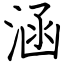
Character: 涵